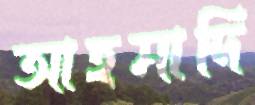
আহমাদি